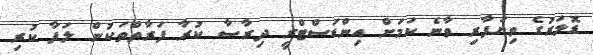
ޑޮލަރުގެ ވިޔަފާރި ވާނެ ކަމަށް އިންޑަސްޓްރީ ދިރާސާ ކުރާ ފަރާތްތަކުން ލަފާ ކުރި